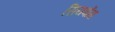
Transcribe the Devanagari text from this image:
सियबोंगा